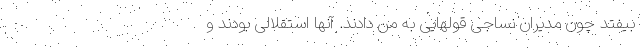
بیفتد چون مدیران نساجی قولهایی به من دادند. آنها استقلالی بودند و